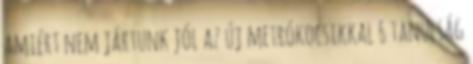
amiért nem jártunk jól az új metrókocsikkal 6 tanulság